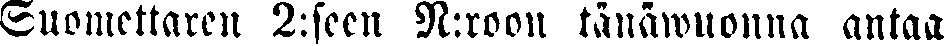
Suomettaren 2:seen N:roon tänäwuonna antaa